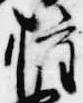
権